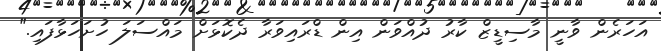
އަހަރެން ވާނީ މާސިޑީޒް ކާރު ދުއްވަން އިން ޑްރައިވަރާ ދެކޮޅަށް މައްސަލަ ހުށަހަޅާފައި."